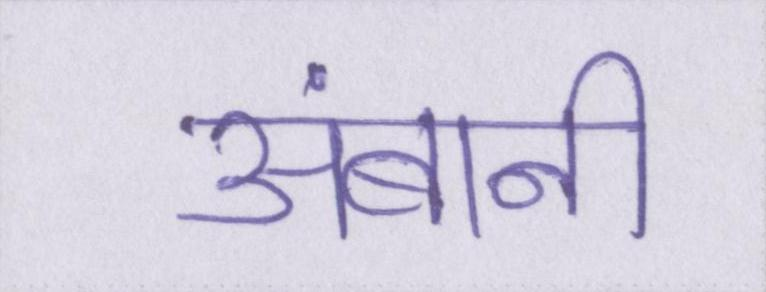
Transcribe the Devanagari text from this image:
अंबानी